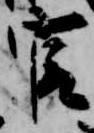
官